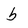
Character: b